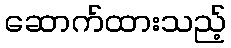
ဆောက်ထားသည့်